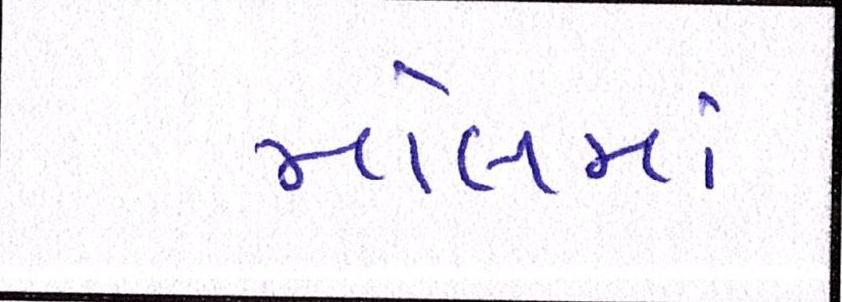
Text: મોલમાં